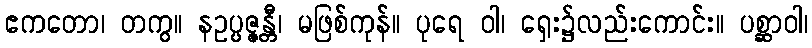
ဧကတော၊ တကွ။ နဥပ္ပဇ္ဇန္တီ၊ မဖြစ်ကုန်။ ပုရေ ဝါ၊ ရှေး၌လည်းကောင်း။ ပစ္ဆာဝါ၊